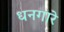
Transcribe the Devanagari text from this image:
धनगारे